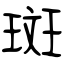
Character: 斑